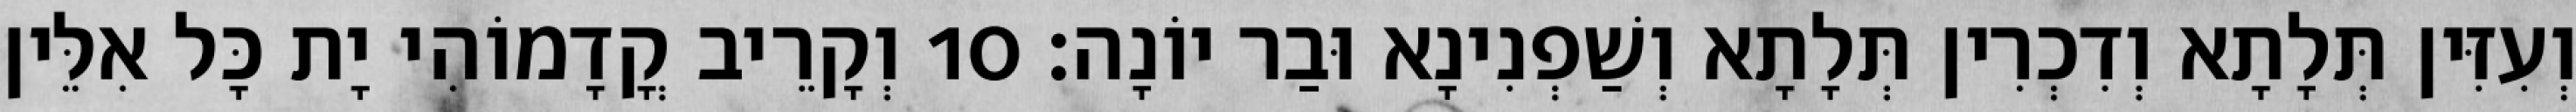
וְעִזִּין תְּלָתָא וְדִכְרִין תְּלָתָא וְשַׁפְנִינָא וּבַר יוֹנָה׃ 10 וְקָרֵיב קֳדָמוֹהִי יָת כָּל אִלֵּין